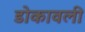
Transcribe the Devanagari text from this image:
डोकावली